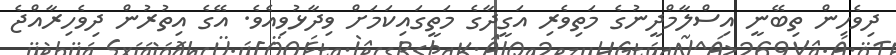
ދިވެހިން ތިބޭނީ އިސްލާމްދީނުގެ މަތިވެރި އަގީދާގެ މަތީގައިކަމަށް ވިދާޅުވިއެވެ. އޭގެ އިތުރުން ދިވެހިރާއްޖެ